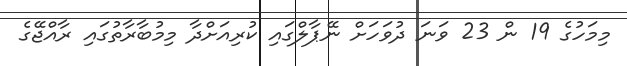
މިމަހުގެ 19 ން 23 ވަނަ ދުވަހަށް ނޭޕާލްގައި ކުރިއަށްދާ މިމުބާރާތުގައި ރާއްޖޭގެ